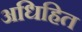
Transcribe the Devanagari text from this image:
अधिहित